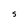
Character: S